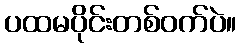
ပထမပိုင်းတစ်ဝက်ပဲ။